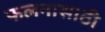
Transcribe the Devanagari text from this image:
फलनासाठी